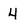
Character: 4